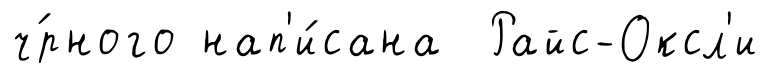
ч́рного нап'и́сана Райс-Оксл'и